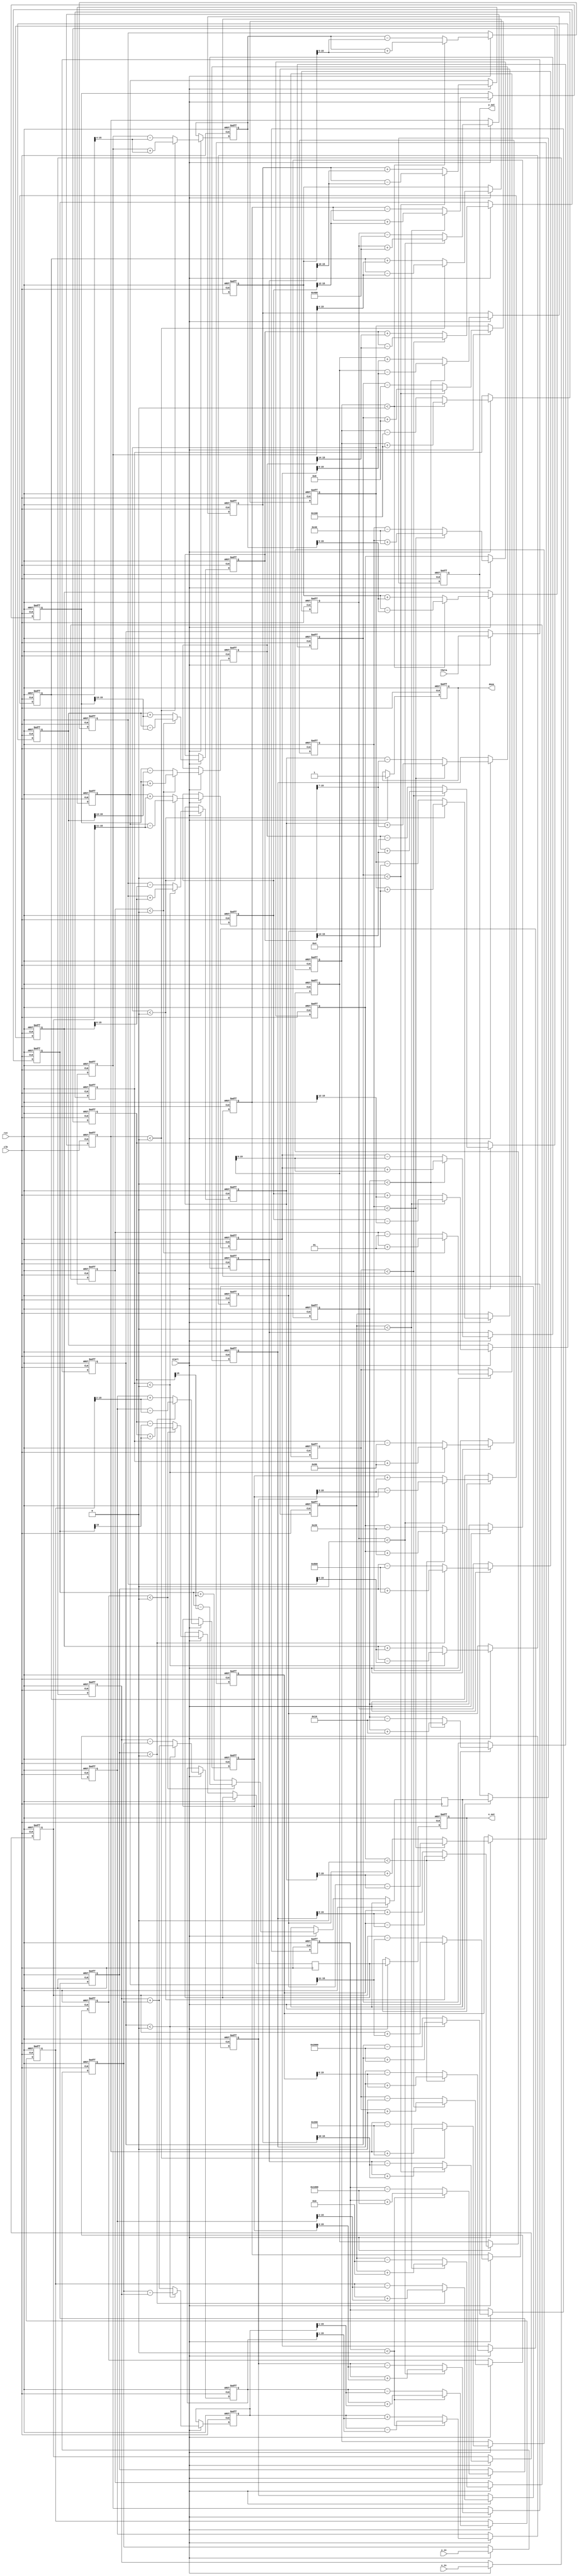
module pipelined_cordic #(
    parameter WIDTH = 16,               // Bit width for fixed-point representation
    parameter ITERATIONS = 16           // Number of CORDIC iterations
)(
    input wire clk,
    input wire rst,
    input wire start,
    input wire signed [WIDTH-1:0] x_in,  // Input X coordinate
    input wire signed [WIDTH-1:0] y_in,  // Input Y coordinate
    input wire signed [WIDTH-1:0] theta,  // Input angle in fixed-point
    output reg signed [WIDTH-1:0] x_out,  // Output X coordinate
    output reg signed [WIDTH-1:0] y_out,  // Output Y coordinate
    output reg done                      // Indicates completion of computation
);

    // CORDIC parameters
    reg signed [WIDTH-1:0] atan_table [0:ITERATIONS-1]; // Lookup table for arctangent values
    reg signed [WIDTH-1:0] z [0:ITERATIONS-1];          // Angle register for each iteration
    reg signed [WIDTH-1:0] x_reg [0:ITERATIONS];        // X register for each stage
    reg signed [WIDTH-1:0] y_reg [0:ITERATIONS];        // Y register for each stage
    reg signed [WIDTH-1:0] z_reg [0:ITERATIONS];        // Z register for each stage

    integer i;

    // Initialize the arctangent lookup table
    initial begin
        atan_table[0] = 16'h2000; // atan(1) = pi/4 in fixed-point
        for (i = 1; i < ITERATIONS; i = i + 1) begin
            atan_table[i] = atan_table[i-1] >>> 1; // Each subsequent angle is halved
        end
    end

    // Pipeline stages
    always @(posedge clk or posedge rst) begin
        if (rst) begin
            // Reset all registers
            x_out <= 0;
            y_out <= 0;
            done <= 0;
            for (i = 0; i < ITERATIONS; i = i + 1) begin
                x_reg[i] <= 0;
                y_reg[i] <= 0;
                z_reg[i] <= 0;
            end
        end else if (start) begin
            // Load initial inputs
            x_reg[0] <= x_in;
            y_reg[0] <= y_in;
            z_reg[0] <= theta;

            // CORDIC iterations
            for (i = 0; i < ITERATIONS; i = i + 1) begin
                if (z_reg[i] < 0) begin
                    // Counterclockwise rotation
                    x_reg[i+1] <= x_reg[i] + (y_reg[i] >>> i);
                    y_reg[i+1] <= y_reg[i] - (x_reg[i] >>> i);
                    z_reg[i+1] <= z_reg[i] + atan_table[i];
                end else begin
                    // Clockwise rotation
                    x_reg[i+1] <= x_reg[i] - (y_reg[i] >>> i);
                    y_reg[i+1] <= y_reg[i] + (x_reg[i] >>> i);
                    z_reg[i+1] <= z_reg[i] - atan_table[i];
                end
            end

            // Final output
            x_out <= x_reg[ITERATIONS];
            y_out <= y_reg[ITERATIONS];
            done <= 1; // Indicate completion
        end
    end

endmodule